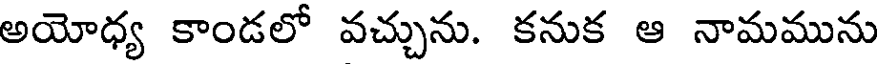
అయోధ్య కాండలో వచ్చును. కనుక ఆ నామమును